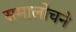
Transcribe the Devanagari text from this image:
समालोचने